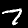
Digit: 7